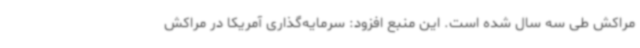
مراکش طی سه سال شده است. این منبع افزود: سرمایه‌گذاری آمریکا در مراکش